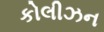
કોલીઝન